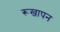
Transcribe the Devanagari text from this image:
रूखापन